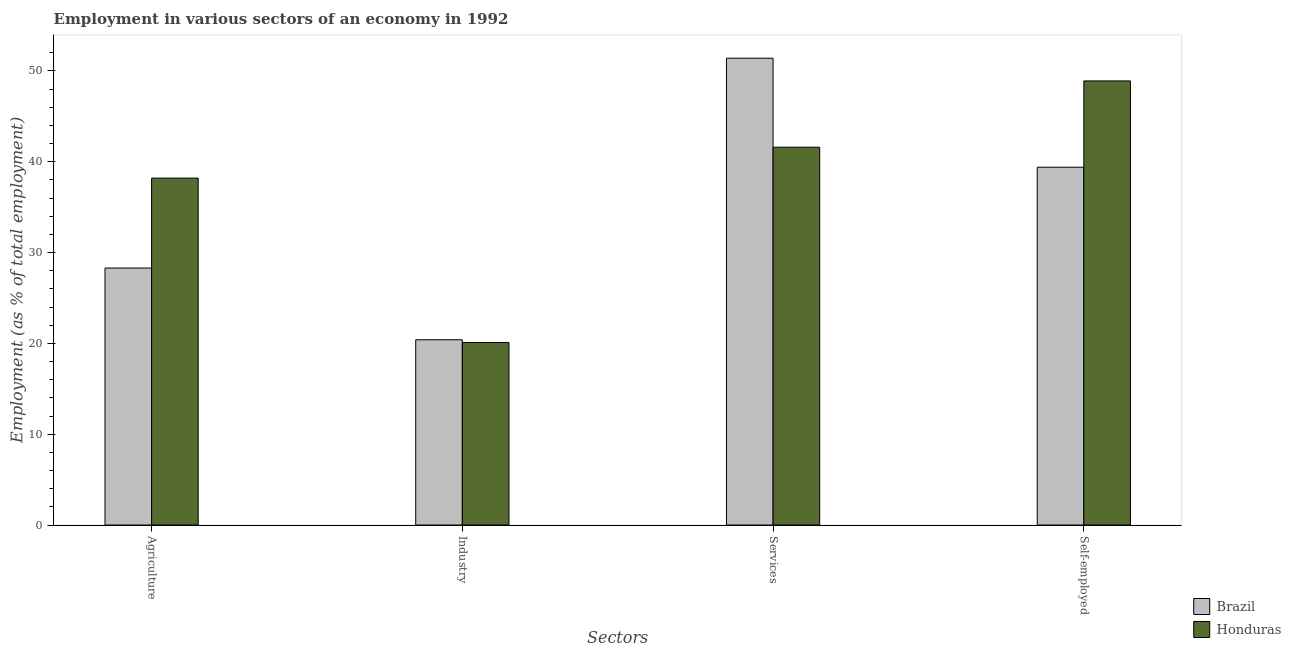
| Sectors | Brazil | Honduras |
 | --- | --- | --- |
 | Agriculture | 28.3 | 38.2 |
 | Industry | 20.4 | 20.1 |
 | Services | 51.4 | 41.6 |
 | Self-employed | 39.4 | 48.9 |